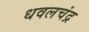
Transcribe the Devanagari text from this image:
धवलचंद्र